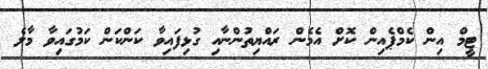
ޓީމް އިން ކެމްޕެއިން ކޮށް އެމެން ރައްޔިތުންނާއި ގުޅިފައިވާ ކަންކަން ކަމުގައިވާ މާލެ